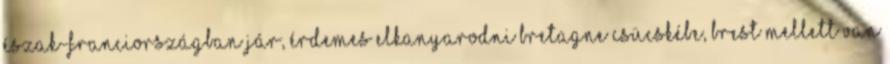
Észak-Franciországban jár, érdemes elkanyarodni Bretagne csücskébe, Brest mellett van